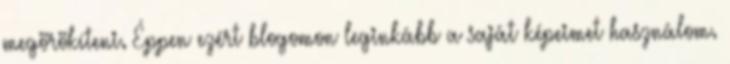
megörökíteni. Éppen ezért blogomon leginkább a saját képeimet használom.